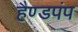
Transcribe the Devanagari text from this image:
हैण्डपंप